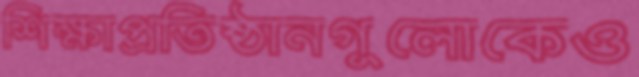
শিক্ষাপ্রতিষ্ঠানগুলোকেও